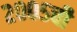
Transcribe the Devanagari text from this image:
२००५ची